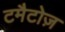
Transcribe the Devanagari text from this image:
टमैटोज़